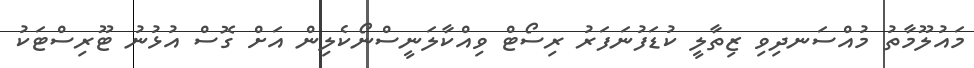
މައުލޫމާތު މުއްސަނދިވި ޒިތާލީ ކުޑަފުނަފަރު ރިސޯޓް ވިއްކާލަނީސްނޯކެލިން އަށް ގޮސް އުޅުނު ޓޫރިސްޓަކު